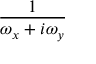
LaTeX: \frac { 1 } { \omega _ { x } + i \omega _ { y } }